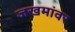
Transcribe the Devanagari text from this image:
जखमांवर